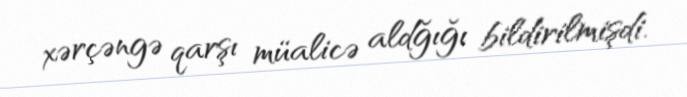
xərçəngə qarşı müalicə aldğığı bildirilmişdi.